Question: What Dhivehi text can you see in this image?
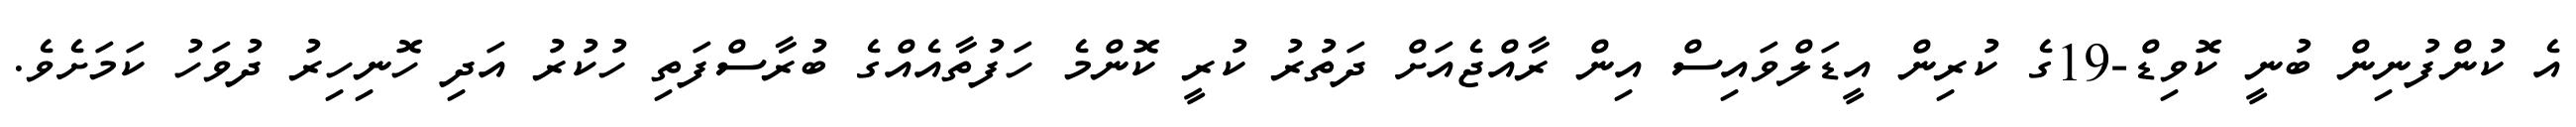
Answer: އެ ކުންފުނިން ބުނީ ކޮވިޑް-19ގެ ކުރިން އީޑަލްވައިސް އިން ރާއްޖެއަށް ދަތުރު ކުރީ ކޮންމެ ހަފުތާއެއްގެ ބުރާސްފަތި ހުކުރު އަދި ހޮނިހިރު ދުވަހު ކަމަށެވެ.